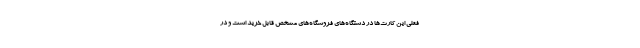
فعلی این کارت‌ها در دستگاه‌های فروشگاه‌های مشخص قابل خرید است و در